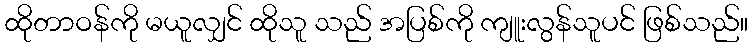
ထိုတာဝန်ကို မယူလျှင် ထိုသူ သည် အပြစ်ကို ကျူးလွန်သူပင် ဖြစ်သည်။